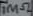
Text: 1MΩ